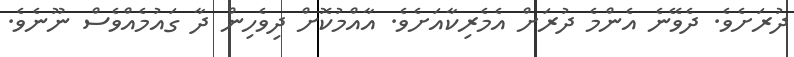
ދުރަށެވެ. ދެވޭނެ އެންމެ ދުރަށް އެމެރިކާއަށެވެ. އާއްމުކޮށް ދިވެހިން ދާ ގައުމެއްވެސް ނޫނެވެ.